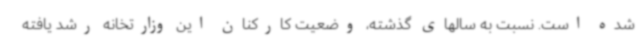
شده است. نسبت به سالهای گذشته، وضعیت کارکنان این وزارتخانه رشد یافته